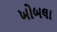
ખોબલા